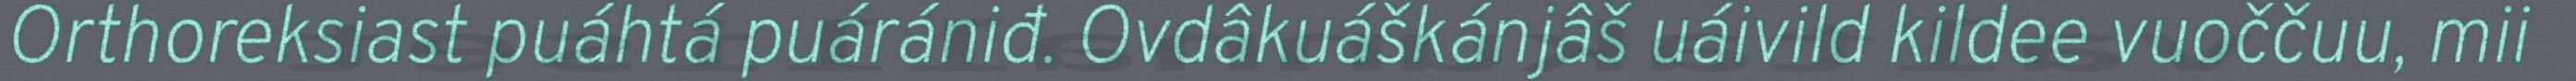
Orthoreksiast puáhtá puárániđ. Ovdâkuáškánjâš uáivild kildee vuoččuu, mii